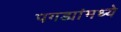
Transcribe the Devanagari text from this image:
पगड्यांमध्ये